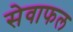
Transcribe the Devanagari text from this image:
सेवाफल